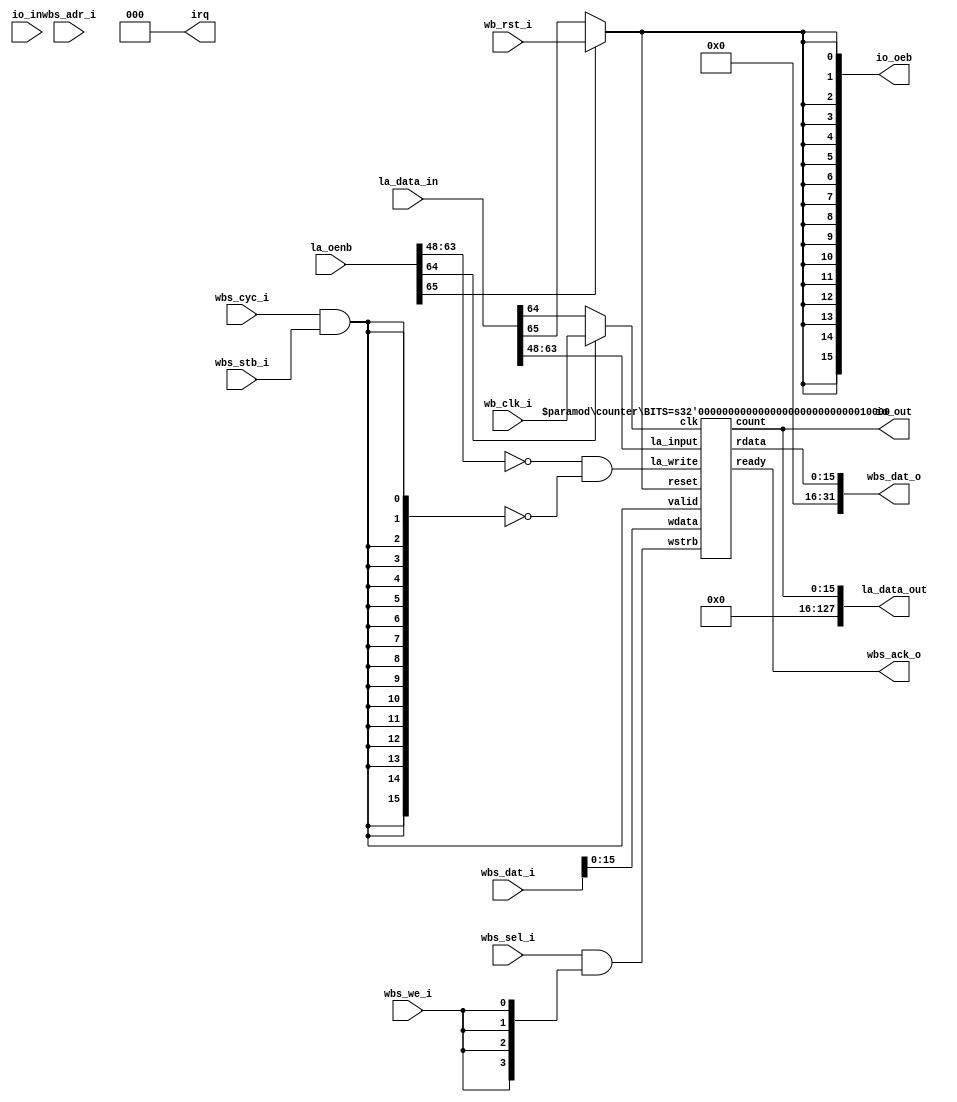
// SPDX-FileCopyrightText: 2020 Efabless Corporation
//
// Licensed under the Apache License, Version 2.0 (the "License");
// you may not use this file except in compliance with the License.
// You may obtain a copy of the License at
//
//      http://www.apache.org/licenses/LICENSE-2.0
//
// Unless required by applicable law or agreed to in writing, software
// distributed under the License is distributed on an "AS IS" BASIS,
// WITHOUT WARRANTIES OR CONDITIONS OF ANY KIND, either express or implied.
// See the License for the specific language governing permissions and
// limitations under the License.
// SPDX-License-Identifier: Apache-2.0

`default_nettype none
module user_proj_example #(
    parameter BITS = 16
)(
`ifdef USE_POWER_PINS
    inout vccd1,	// User area 1 1.8V supply
    inout vssd1,	// User area 1 digital ground
`endif

    // Wishbone Slave ports (WB MI A)
    input wb_clk_i,
    input wb_rst_i,
    input wbs_stb_i,
    input wbs_cyc_i,
    input wbs_we_i,
    input [3:0] wbs_sel_i,
    input [31:0] wbs_dat_i,
    input [31:0] wbs_adr_i,
    output wbs_ack_o,
    output [31:0] wbs_dat_o,

    // Logic Analyzer Signals
    input  [127:0] la_data_in,
    output [127:0] la_data_out,
    input  [127:0] la_oenb,

    // IOs
    input  [BITS-1:0] io_in,
    output [BITS-1:0] io_out,
    output [BITS-1:0] io_oeb,

    // IRQ
    output [2:0] irq
);
    wire clk;
    wire rst;

    wire [BITS-1:0] rdata; 
    wire [BITS-1:0] wdata;
    wire [BITS-1:0] count;

    wire valid;
    wire [3:0] wstrb;
    wire [BITS-1:0] la_write;

    // WB MI A
    assign valid = wbs_cyc_i && wbs_stb_i; 
    assign wstrb = wbs_sel_i & {4{wbs_we_i}};
    assign wbs_dat_o = {{(32-BITS){1'b0}}, rdata};
    assign wdata = wbs_dat_i[BITS-1:0];

    // IO
    assign io_out = count;
    assign io_oeb = {(BITS){rst}};

    // IRQ
    assign irq = 3'b000;	// Unused

    // LA
    assign la_data_out = {{(128-BITS){1'b0}}, count};
    // Assuming LA probes [63:32] are for controlling the count register  
    assign la_write = ~la_oenb[63:64-BITS] & ~{BITS{valid}};
    // Assuming LA probes [65:64] are for controlling the count clk & reset  
    assign clk = (~la_oenb[64]) ? la_data_in[64]: wb_clk_i;
    assign rst = (~la_oenb[65]) ? la_data_in[65]: wb_rst_i;

    counter #(
        .BITS(BITS)
    ) counter(
        .clk(clk),
        .reset(rst),
        .ready(wbs_ack_o),
        .valid(valid),
        .rdata(rdata),
        .wdata(wbs_dat_i[BITS-1:0]),
        .wstrb(wstrb),
        .la_write(la_write),
        .la_input(la_data_in[63:64-BITS]),
        .count(count)
    );

endmodule

module counter #(
    parameter BITS = 16
)(
    input clk,
    input reset,
    input valid,
    input [3:0] wstrb,
    input [BITS-1:0] wdata,
    input [BITS-1:0] la_write,
    input [BITS-1:0] la_input,
    output reg ready,
    output reg [BITS-1:0] rdata,
    output reg [BITS-1:0] count
);

    always @(posedge clk) begin
        if (reset) begin
            count <= 1'b0;
            ready <= 1'b0;
        end else begin
            ready <= 1'b0;
            if (~|la_write) begin
                count <= count + 1'b1;
            end
            if (valid && !ready) begin
                ready <= 1'b1;
                rdata <= count;
                if (wstrb[0]) count[7:0]   <= wdata[7:0];
                if (wstrb[1]) count[15:8]  <= wdata[15:8];
            end else if (|la_write) begin
                count <= la_write & la_input;
            end
        end
    end

endmodule
`default_nettype wire